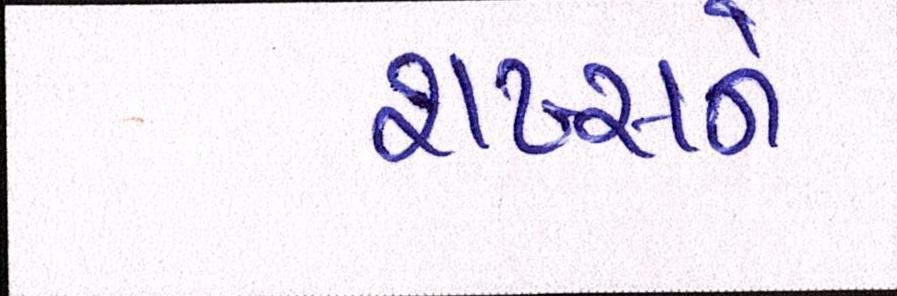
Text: શખ્સને